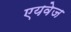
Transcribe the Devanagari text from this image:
एयवेज